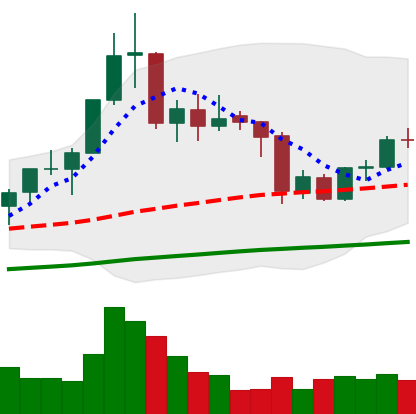
Ticker: BNB-USD
Chart end date: 2020-09-27
Forward return: 4.147%
Label: up_3_5